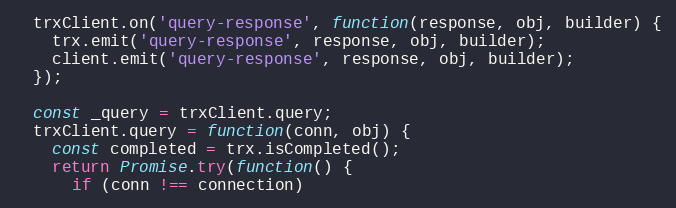
Language: JavaScript
  trxClient.on('query-response', function(response, obj, builder) {
    trx.emit('query-response', response, obj, builder);
    client.emit('query-response', response, obj, builder);
  });

  const _query = trxClient.query;
  trxClient.query = function(conn, obj) {
    const completed = trx.isCompleted();
    return Promise.try(function() {
      if (conn !== connection)